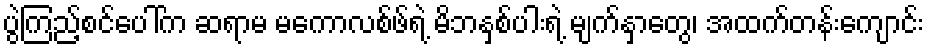
ပွဲကြည့်စင်ပေါ်က ဆရာမ မကောလစ်ဖ်ရဲ့ မိဘနှစ်ပါးရဲ့ မျက်နှာတွေ၊ အထက်တန်းကျောင်း